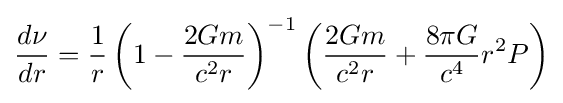
{\frac {d\nu }{dr}}={\frac {1}{r}}\left(1-{\frac {2Gm}{c^{2}r}}\right)^{-1}\left({\frac {2Gm}{c^{2}r}}+{\frac {8\pi G}{c^{4}}}r^{2}P\right)